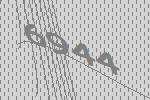
6944